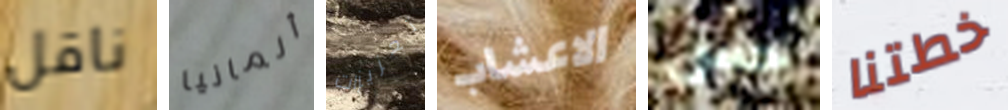
ناقل ألمانيا تعزيزات الاعشاب حس خطتنا